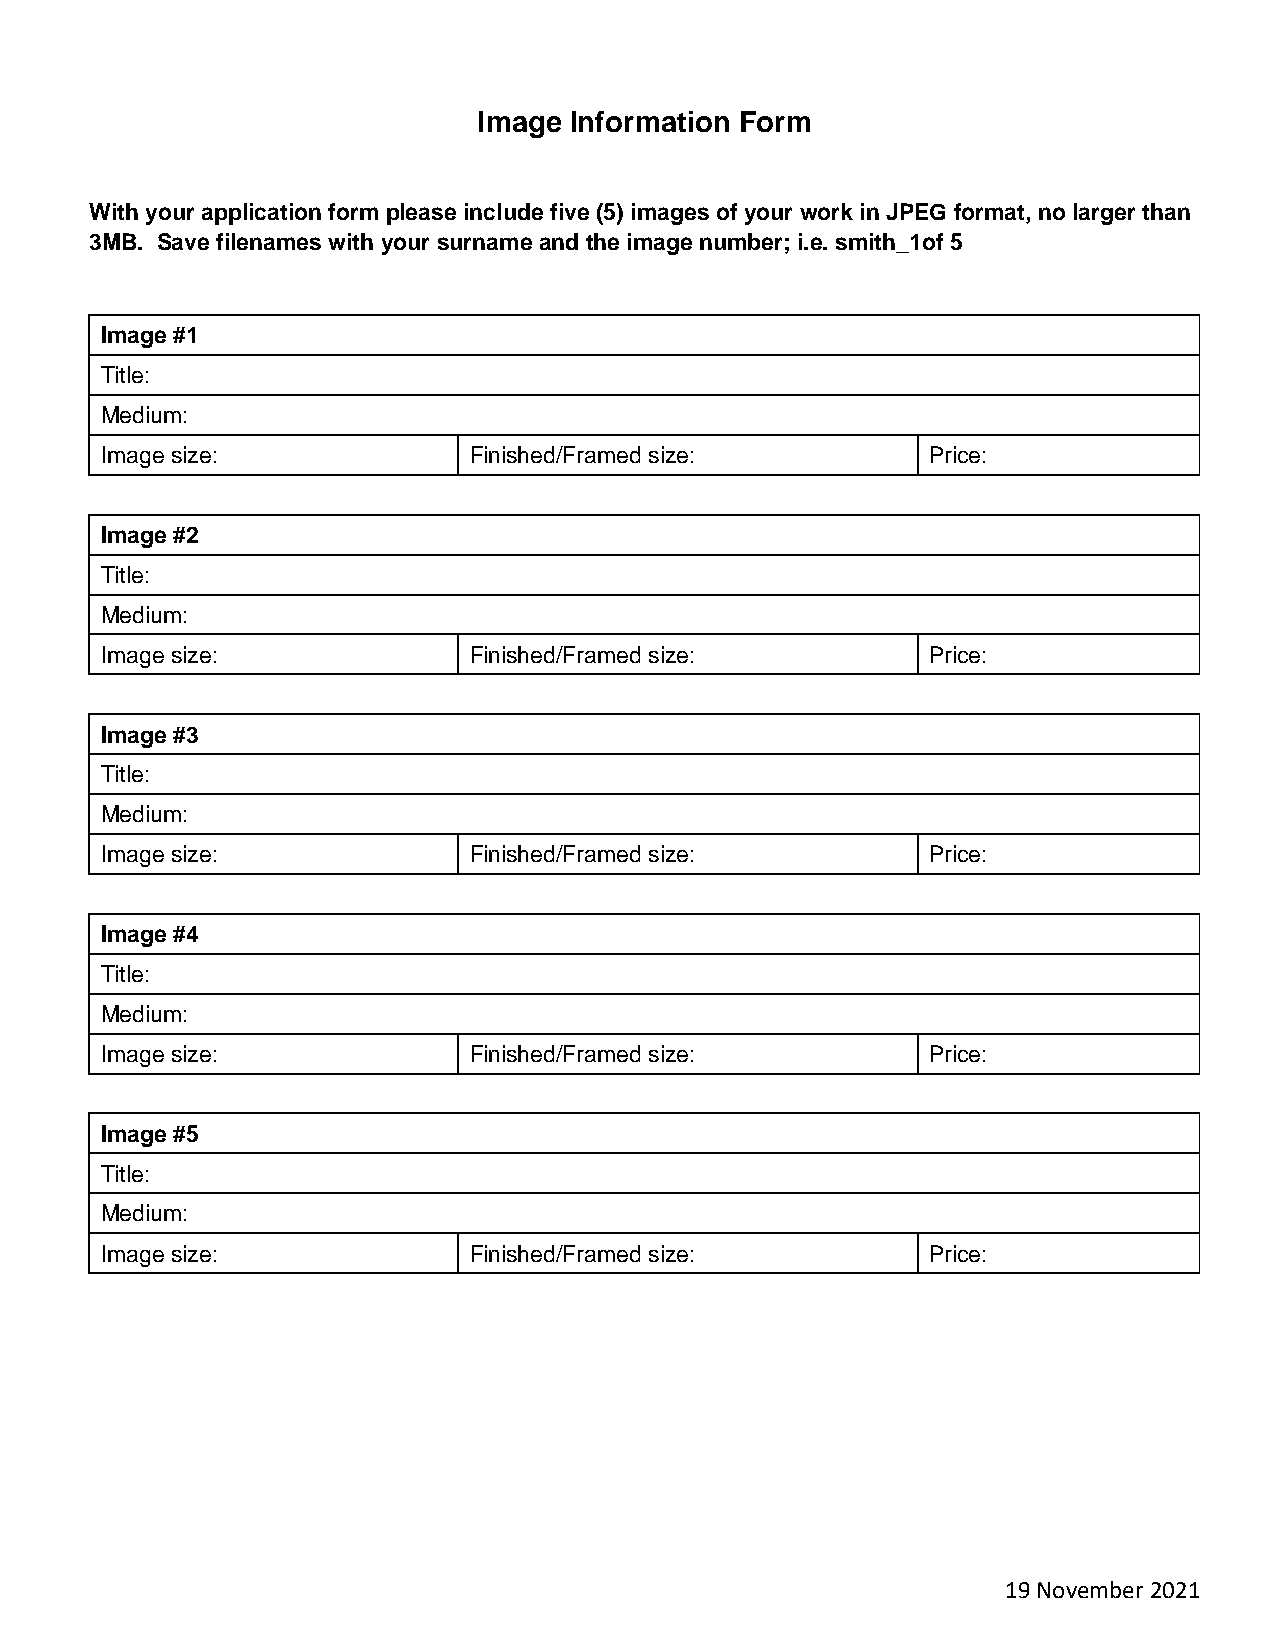
Image Information Form
 With your application form please include five (5) images of your work in JPEG format, no larger than
 3MB. Save filenames with your surname and the image number; i.e. smith_1of 5
 Image #1
 Title:
 Medium:
 Image size:             Finished/Framed size:         Price:
 Image #2
 Title:
 Medium:
 Image size:             Finished/Framed size:         Price:
 Image #3
 Title:
 Medium:
 Image size:             Finished/Framed size:         Price:
 Image #4
 Title:
 Medium:
 Image size:             Finished/Framed size:         Price:
 Image #5
 Title:
 Medium:
 Image size:             Finished/Framed size:         Price:
 19 November 2021